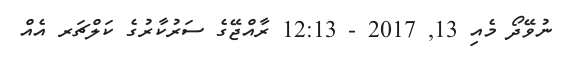
ނުވޭދޯ މެއި 13